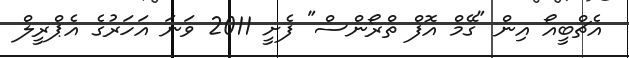
އެޗްބީއޯ އިން "ގޭމް އޮފް ތްރޯންސް" ފެށީ 2011 ވަނަ އަހަރުގެ އެޕްރީލް